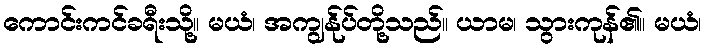
ကောင်းကင်ခရီးသို့။ မယံ၊ အကျွန်ုပ်တို့သည်။ ယာမ၊ သွားကုန်၏။ မယံ၊